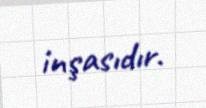
inşasıdır.